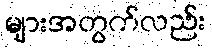
များအတွက်လည်း